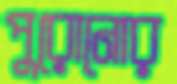
পুরোনোর